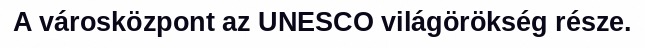
A városközpont az UNESCO világörökség része.